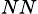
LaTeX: _{NN}